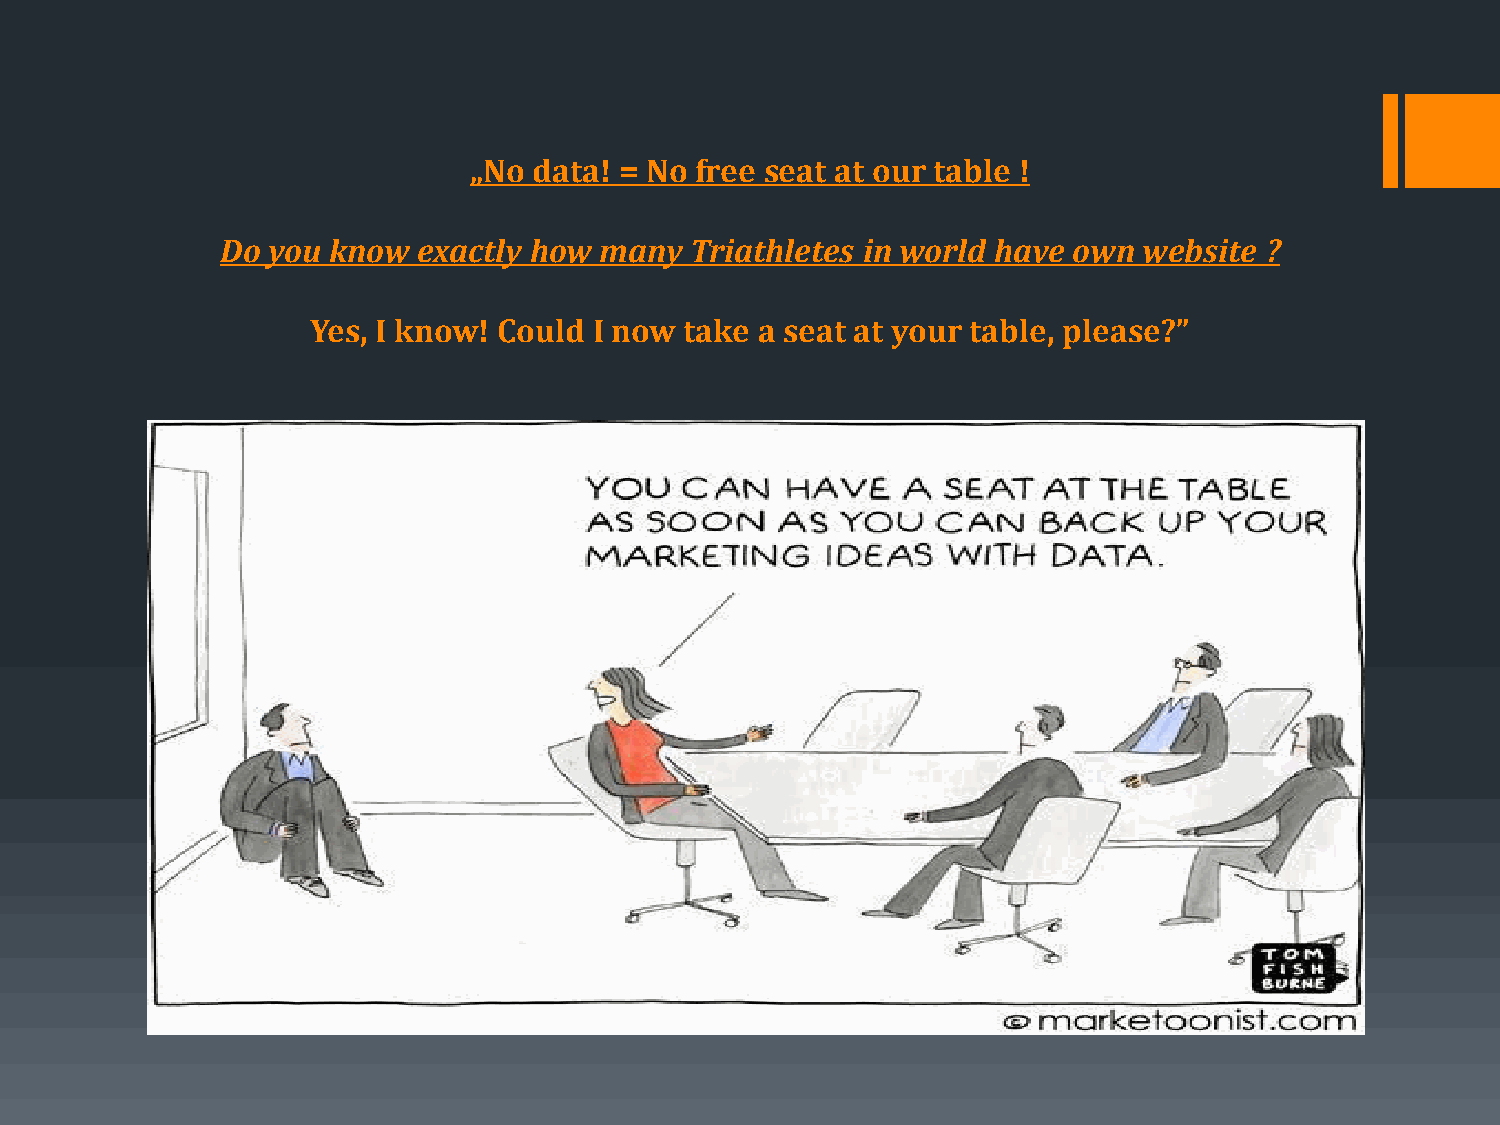
„No data! = No free seat at our table !
 Do you know  exactly how many  Triathletes in world have own website ?
 Yes, I know! Could I now take a seat at your table, please?”